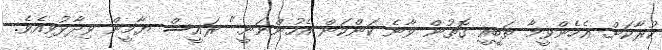
ކުރާކަށް. އެހެންވީމާ ޠަބީއީ ގޮތުން ވާނެ ކަންކަން އެހުންނަނީ." ރައީސް ޔާމީން ވިދާޅުވިއެވެ.